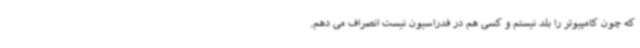
که چون کامپیوتر را بلد نیستم و کسی هم در فدراسیون نیست انصراف می دهم.